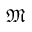
\mathfrak { M }